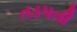
તડપતી